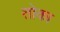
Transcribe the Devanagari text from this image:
तोका